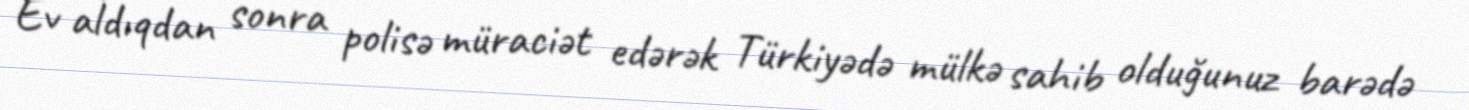
Ev aldıqdan sonra polisə müraciət edərək Türkiyədə mülkə sahib olduğunuz barədə